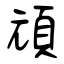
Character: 頑